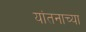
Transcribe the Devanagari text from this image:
यांतनाच्या